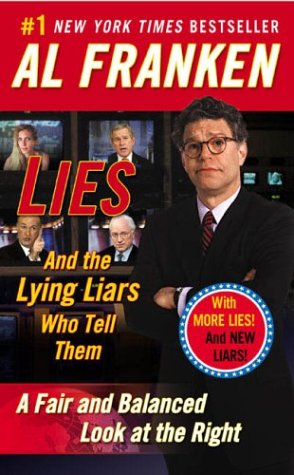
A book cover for Lies: And the Lying Liars Who Tell Them; Al Franken; Humor & Entertainment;